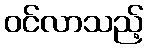
ဝင်လာသည့်